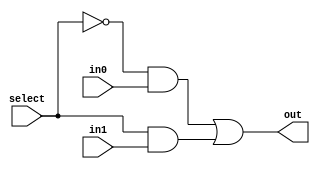
module mux_always(
                in0      , //input 
                in1      , //input
                select   , //select line 
                out        //output
                )        ;

//port declaration

input in0, in1       ;
input select         ;
output out           ;


assign out = (~select & in0) | (select & in1)   ;  //logical expression

endmodule